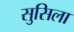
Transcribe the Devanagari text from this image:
सुसिला